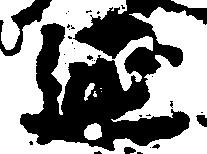
延